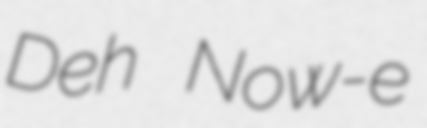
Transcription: Deh Now-e